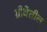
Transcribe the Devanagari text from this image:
ग्रीवेतील